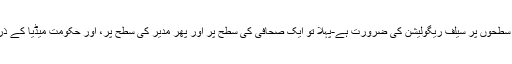
وزیر نے میڈیا سے بات چیت میں کہا، ‘ مختلف سطحوں پر سیلف ریگولیشن کی ضرورت ہے-پہلا تو ایک صحافی کی سطح پر اور پھر مدیر کی سطح پر، اور حکومت میڈیا کے ذریعے اسی سیلف ریگولیشن میں اعتماد کرتی ہے۔